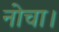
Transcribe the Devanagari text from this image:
नोचा।